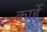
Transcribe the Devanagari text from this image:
कार्हे